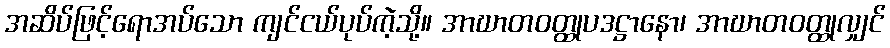
အဆိပ်ဖြင့်ရောအပ်သော ကျင်ငယ်ပုပ်ကဲ့သို့။ အာဃာတဝတ္ထုပဒဋ္ဌာနော၊ အာဃာတဝတ္ထုလျှင်